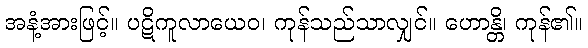
အနံ့အားဖြင့်။ ပဋိကူလာယေဝ၊ ကုန်သည်သာလျှင်။ ဟောန္တိ၊ ကုန်၏။